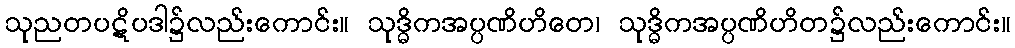
သုညတပဋိပဒါ၌လည်းကောင်း။ သုဒ္ဓိကအပ္ပဏိဟိတေ၊ သုဒ္ဓိကအပ္ပဏိဟိတ၌လည်းကောင်း။